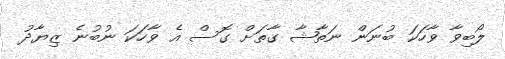
ލޯބިވާ ވާހަކަ ބުނަން ނަތާޝާ ގާތަށް ގޮސް އެ ވާހަކަ ނުބުނެ ޒިޔާދު